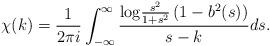
LaTeX: \begin{align*} \chi(k)=\frac{1}{2\pi i}\int_{-\infty}^{\infty}\frac{{\rm log}\frac{s^2}{1+s^2}\left(1-b^2(s)\right)}{s-k}ds.\end{align*}